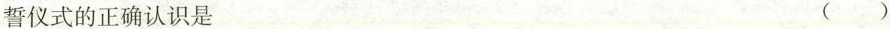
誓。下列对举行宪法宣誓仪式的正确认识是 ()